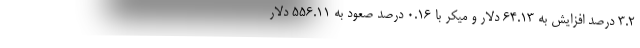
۳.۲ درصد افزایش به ۶۴.۱۳ دلار و میکر با ۰.۱۶ درصد صعود به ۵۵۶.۱۱ دلار